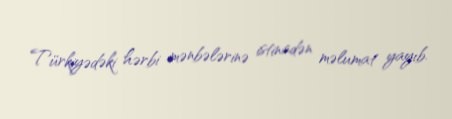
Türkiyədəki hərbi mənbələrinə istinadən məlumat yayıb.